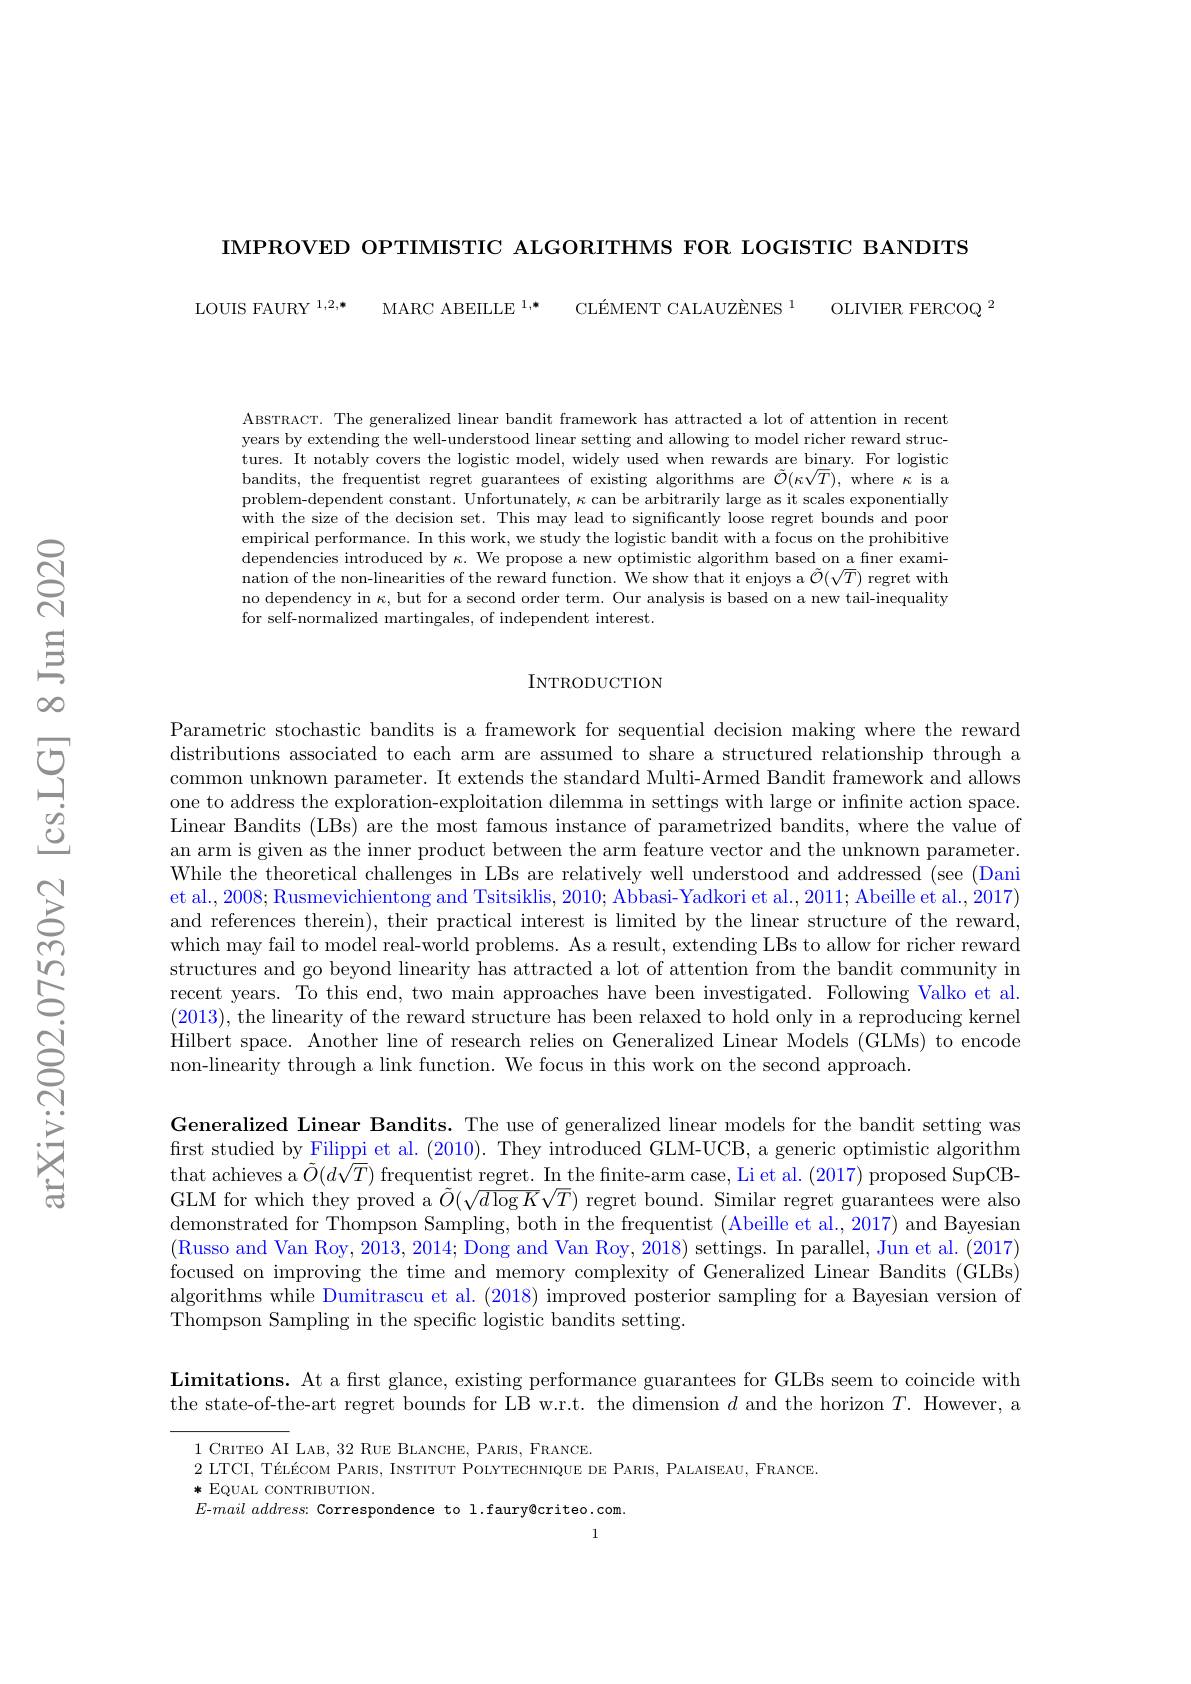
IMPROVED OPTIMISTIC ALGORITHMS FOR LOGISTIC BANDITS

MARC ABEILLE $^{1, * }$ $\text{CL\'{E} MENT CALAUZ\`{E} NES }^{1}$

LOUIS FAURY 1,2,*

OLIVIER FERCOQ $^{2}$

ABSTRACT. The generalized linear bandit framework has attracted a lot of attention in recent years by extending the well-understood linear setting and allowing to model richer reward structures. It notably covers the logistic model, widely used when rewards are binary. For logistic bandits, the frequentist regret guarantees of existing algorithms are $\tilde{\mathcal{O}}(\kappa\sqrt T)$, where $\kappa$ is a problem-dependent constant. Unfortunately, $\kappa$ can be arbitrarily large as it scales exponentially with the size of the decision set. This may lead to significantly loose regret bounds and poor empirical performance. In this work, we study the logistic bandit with a focus on the prohibitive dependencies introduced by $\kappa.$ We propose a new optimistic algorithm based on a finer exami- $\dot{\text{nation of the non-linearities of the reward function. We show that it enjoys a }\tilde{\mathcal{O}}}(\sqrt{T})$ regret with no dependency in $\kappa$, but for a second order term. Our analysis is based on a new tail-inequality for self-normalized martingales, of independent interest.

INTRODUCTION

Parametric stochastic bandits is a framework for sequential decision making where the reward distributions associated to each arm are assumed to share a structured relationship through a common unknown parameter. It extends the standard Multi-Armed Bandit framework and allows one to address the exploration-exploitation dilemma in settings with large or infinite action space. Linear Bandits (LBs) are the most famous instance of parametrized bandits, where the value of an arm is given as the inner product between the arm feature vector and the unknown parameter. While the theoretical challenges in LBs are relatively well understood and addressed (see (Dani et al., 2008; Rusmevichientong and Tsitsiklis, 2010; Abbasi-Yadkori et al., 2011; Abeille et al., 2017) and references therein), their practical interest is limited by the linear structure of the reward, which may fail to model real-world problems. As a result, extending LBs to allow for richer reward structures and go beyond linearity has attracted a lot of attention from the bandit community in recent years. To this end, two main approaches have been investigated. Following Valko et al. (2013), the linearity of the reward structure has been relaxed to hold only in a reproducing kernel Hilbert space. Another line of research relies on Generalized Linear Models ( GLMs) to encode non-linearity through a link function. We focus in this work on the second approach.

Generalized Linear Bandits. The use of generalized linear models for the bandit setting was first studied by Filippi et al. (2010). They introduced GLM-UCB, a generic optimistic algorithm that achieves a $\tilde{O}(d\sqrt T)$ frequentist regret. In the finite-arm case, Li et al. (2017) proposed SupCBGLM for which they proved a $\tilde{O}(\sqrt{d\log K}\sqrt T)$ regret bound. Similar regret guarantees were also demonstrated for Thompson Sampling, both in the frequentist ( Abeille et al., 2017) and Bayesian (Russo and Van Roy, 2013, 2014; Dong and Van Roy, 2018) settings. In parallel, Jun et al. (2017) focused on improving the time and memory complexity of Generalized Linear Bandits (GLBs) algorithms while Dumitrascu et al. (2018) improved posterior sampling for a Bayesian version of $\bar{\text{Thompson Sampling in the specific logistic bandits setting.}}$

Limitations. At a first glance, existing performance guarantees for GLBs seem to coincide with the state-of-the-art regret bounds for LB w.r.t. the dimension $d$ and the horizon $T.$ However, a

1 CRITEO AI LAB, 32 RUE BLANCHE, PARIS, FRANCE.
2 LTCI, TÉLÉCOM PARIS, INSTITUT POLYTECHNIQUE DE PARIS, PALAISEAU, FRANCE.
*EQUAL CONTRIBUTION.
$E$-mail address: Correspondence to l.faury@criteo.com.